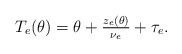
\begin{align*}T_e(\theta)=\mbox{$\theta+\frac{z_e(\theta)}{\nu_e}+\tau_e$.}\end{align*}